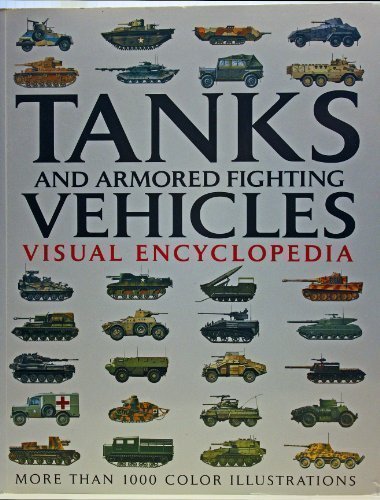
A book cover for Tanks and Armored Fighting Vehicles Visual Encyclopedia; Robert Jackson; Reference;